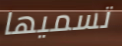
تسميها